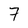
Character: 7